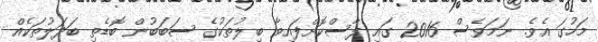
މަހުގަ އެވެ. ނަމަވެސް 2016 ގައި ފާސްކޮށްފައިވާ ބިލުތަކުގެ ސަބަބުން ބޮޑެތި ބަދަލުތަކެއް